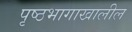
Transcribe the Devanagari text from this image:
पृष्ठभागाखालील